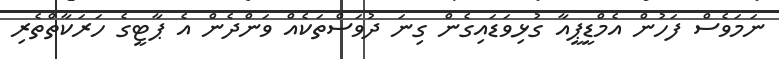
ނަމަވެސް ފަހުން އެމްޑީޕީއާ ގުޅިވަޑައިގެން ގިނަ ދުވަސްތަކެއް ވަންދެން އެ ޕާޓީގެ ހަރަކާތްތެރި